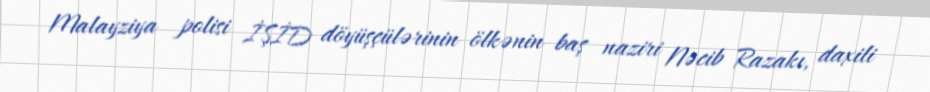
Malayziya polisi İŞİD döyüşçülərinin ölkənin baş naziri Nəcib Razakı, daxili